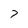
Character: 7